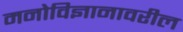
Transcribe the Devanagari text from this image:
मनोविज्ञानावरील